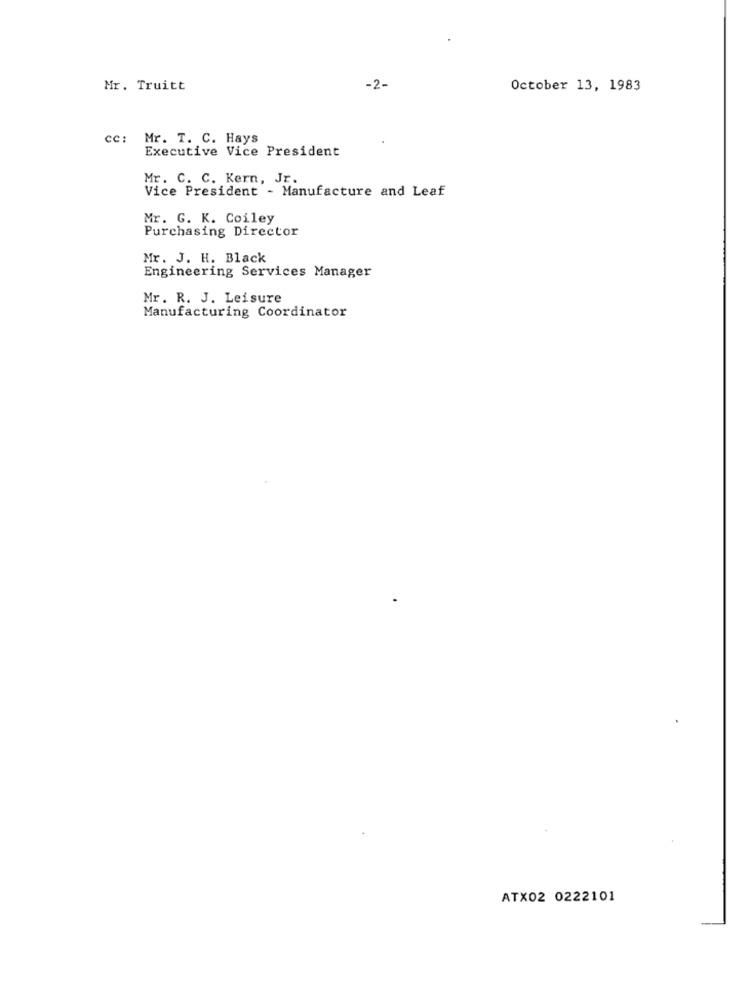
Mr. Truitt
-2-
October 13, 1983
cc:
Mr. T. C. Hays
Executive Vice President
Mr. C. C. Kern, Jr.
Vice President - Manufacture and Leaf
Mr. G. K. Coiley
Purchasing Director
Mr. J. H. Black
Engineering Services Manager
Mr. R. J. Leisure
Manufacturing Coordinator
ATX02 0222101